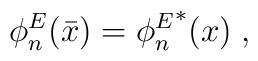
\phi_n^E(\bar{x}) = {\phi_n^E}^*(x) {\; ,}